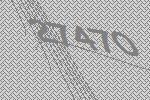
27470